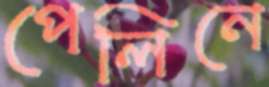
পেলিনে